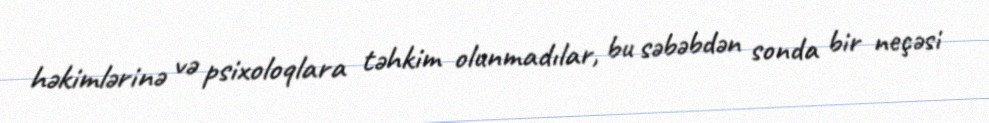
həkimlərinə və psixoloqlara təhkim olunmadılar, bu səbəbdən sonda bir neçəsi